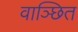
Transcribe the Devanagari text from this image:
वाञ्छित